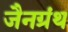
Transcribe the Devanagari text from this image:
जैनग्रंथ